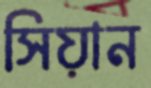
সিয়ান